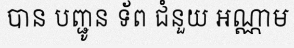
បាន បញ្ជូន ទ័ព ជំនួយ អណ្ណាម